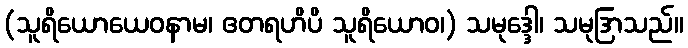
(သူရိယောယေဝနာမ၊ ဧတရဟိပိ သူရိယောဝ၊) သမုဒ္ဒေါ၊ သမုဒြာသည်။